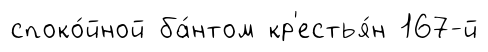
споко́йной ба́нтом кр'естья́н 167-й